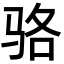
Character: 骆